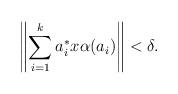
LaTeX: \begin{align*}\left\|\sum_{i=1}^k a_i^*x\alpha(a_i)\right\| < \delta.\end{align*}